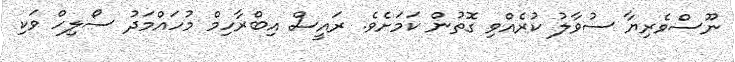
ނޫސްވެރިޔާ ސުވާލު ކުރެއްވި ގޮތުން ކަމަށެވެ. ރައީސް އިބްރާހިމް މުހައްމަދު ސޯލިހް ވަކި